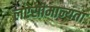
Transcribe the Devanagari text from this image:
लऐसीमान्यता